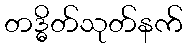
တဒ္ဓိတ်သုတ်နက်